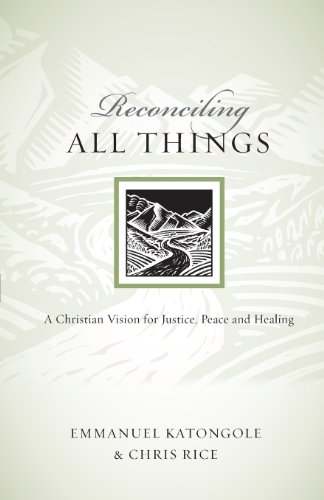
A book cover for Reconciling All Things: A Christian Vision for Justice, Peace and Healing (Resources for Reconciliation); Emmanuel Katongole; Self-Help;